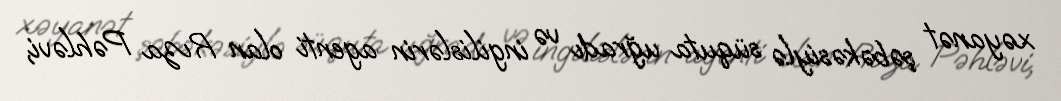
xəyanət şəbəkəsiylə süquta uğradı və ingilislərin agenti olan Rıza Pəhləvi,